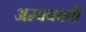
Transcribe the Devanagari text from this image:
अम्बवयवी